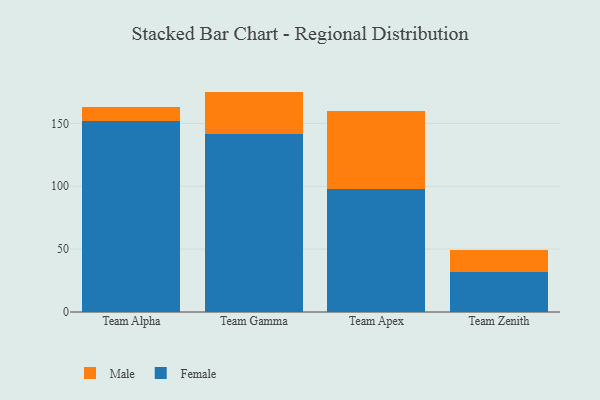
{"axis": {"x": "Team", "y": "Inventory Turnover"}, "legend": ["Female", "Male"], "data": [{"x": "Team Alpha", "y": 152.0, "type": "Female"}, {"x": "Team Alpha", "y": 10.8, "type": "Male"}, {"x": "Team Gamma", "y": 141.2, "type": "Female"}, {"x": "Team Gamma", "y": 34.1, "type": "Male"}, {"x": "Team Apex", "y": 97.8, "type": "Female"}, {"x": "Team Apex", "y": 62.4, "type": "Male"}, {"x": "Team Zenith", "y": 31.6, "type": "Female"}, {"x": "Team Zenith", "y": 17.7, "type": "Male"}]}